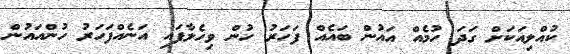
ކުއްލިއަކަށް ގަދަ ހުމެއް އައުން ބައެއް ފަހަރު ހުން ވިހެލާފައި އަނެއްފަހަރު ހުންއައުން